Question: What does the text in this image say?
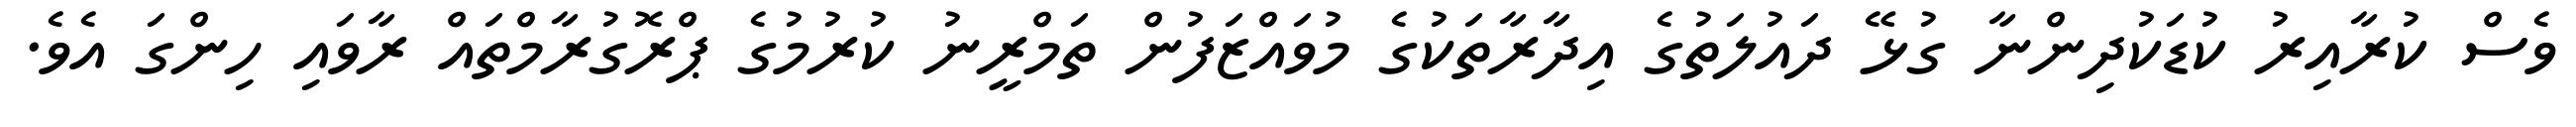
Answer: ވެސް ކުރާއިރު ކުޑަކުދިންނާ ގުޅޭ ދައުލަތުގެ އިދާރާތަކުގެ މުވައްޒަފުން ތަމްރީނު ކުރުމުގެ ޕްރޮގުރާމްތައް ރާވައި ހިންގަ އެވެ.